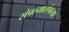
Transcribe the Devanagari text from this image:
संपल्यासंपल्या